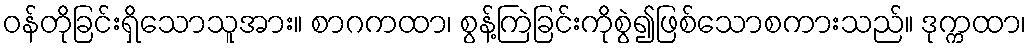
ဝန်တိုခြင်းရှိသောသူအား။ စာဂကထာ၊ စွန့်ကြဲခြင်းကိုစွဲ၍ဖြစ်သောစကားသည်။ ဒုက္ကထာ၊